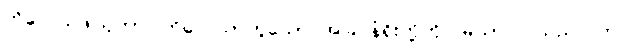
ကိလေသဖါသုကာ၊ ကိလေသာဟူသော အခြင်နံရိုးတို့ကို။ မယာ၊ ငါသည်။ ဘဂ္ဂါ၊